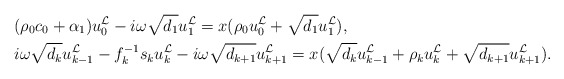
\begin{align*}&(\rho_0c_0+\alpha_1) u_0^{\mathcal{L}}-i\omega\sqrt{d_1}u_1^{\mathcal{L}}=x(\rho_0u_0^{\mathcal{L}}+\sqrt{d_1}u_1^{\mathcal{L}}), \\&i\omega\sqrt{d_{k}}u_{k-1}^{\mathcal{L}}-f_{k}^{-1}s_{k}u_{k}^{\mathcal{L}}-i\omega\sqrt{d_{k+1}}u_{k+1}^{\mathcal{L}}=x(\sqrt{d_{k}}u_{k-1}^{\mathcal{L}}+\rho_ku_{k}^{\mathcal{L}}+\sqrt{d_{k+1}}u_{k+1}^{\mathcal{L}}). \end{align*}